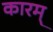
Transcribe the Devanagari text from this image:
कारम्